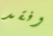
وفقد